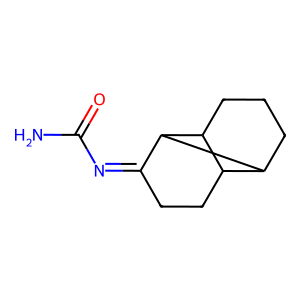
SMILES: NC(=O)N=C1CCC2C3CCCC2C13
Inhibits HIV replication: No